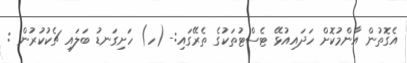
އެގޮތުން އާންމުކޮށް ހަދައިއުޅޭ ޓެސްޓުތަކުގެ ތެރޭގައި:- (ހ) ހަށިގަނޑު ބަލައި ޗެކުކުރުން :